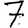
Digit: 7